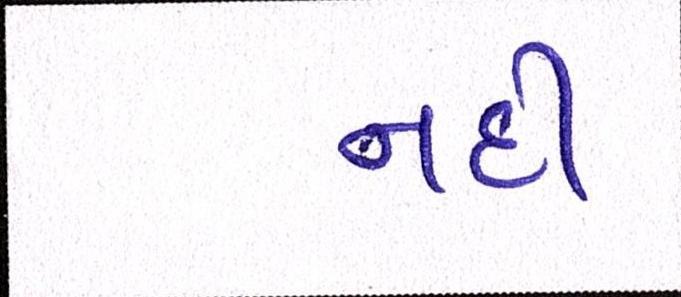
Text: નદી